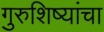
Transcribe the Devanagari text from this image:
गुरुशिष्यांचा